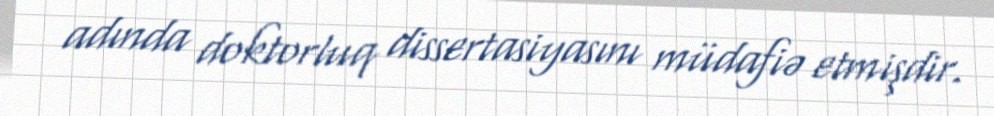
adında doktorluq dissertasiyasını müdafiə etmişdir.